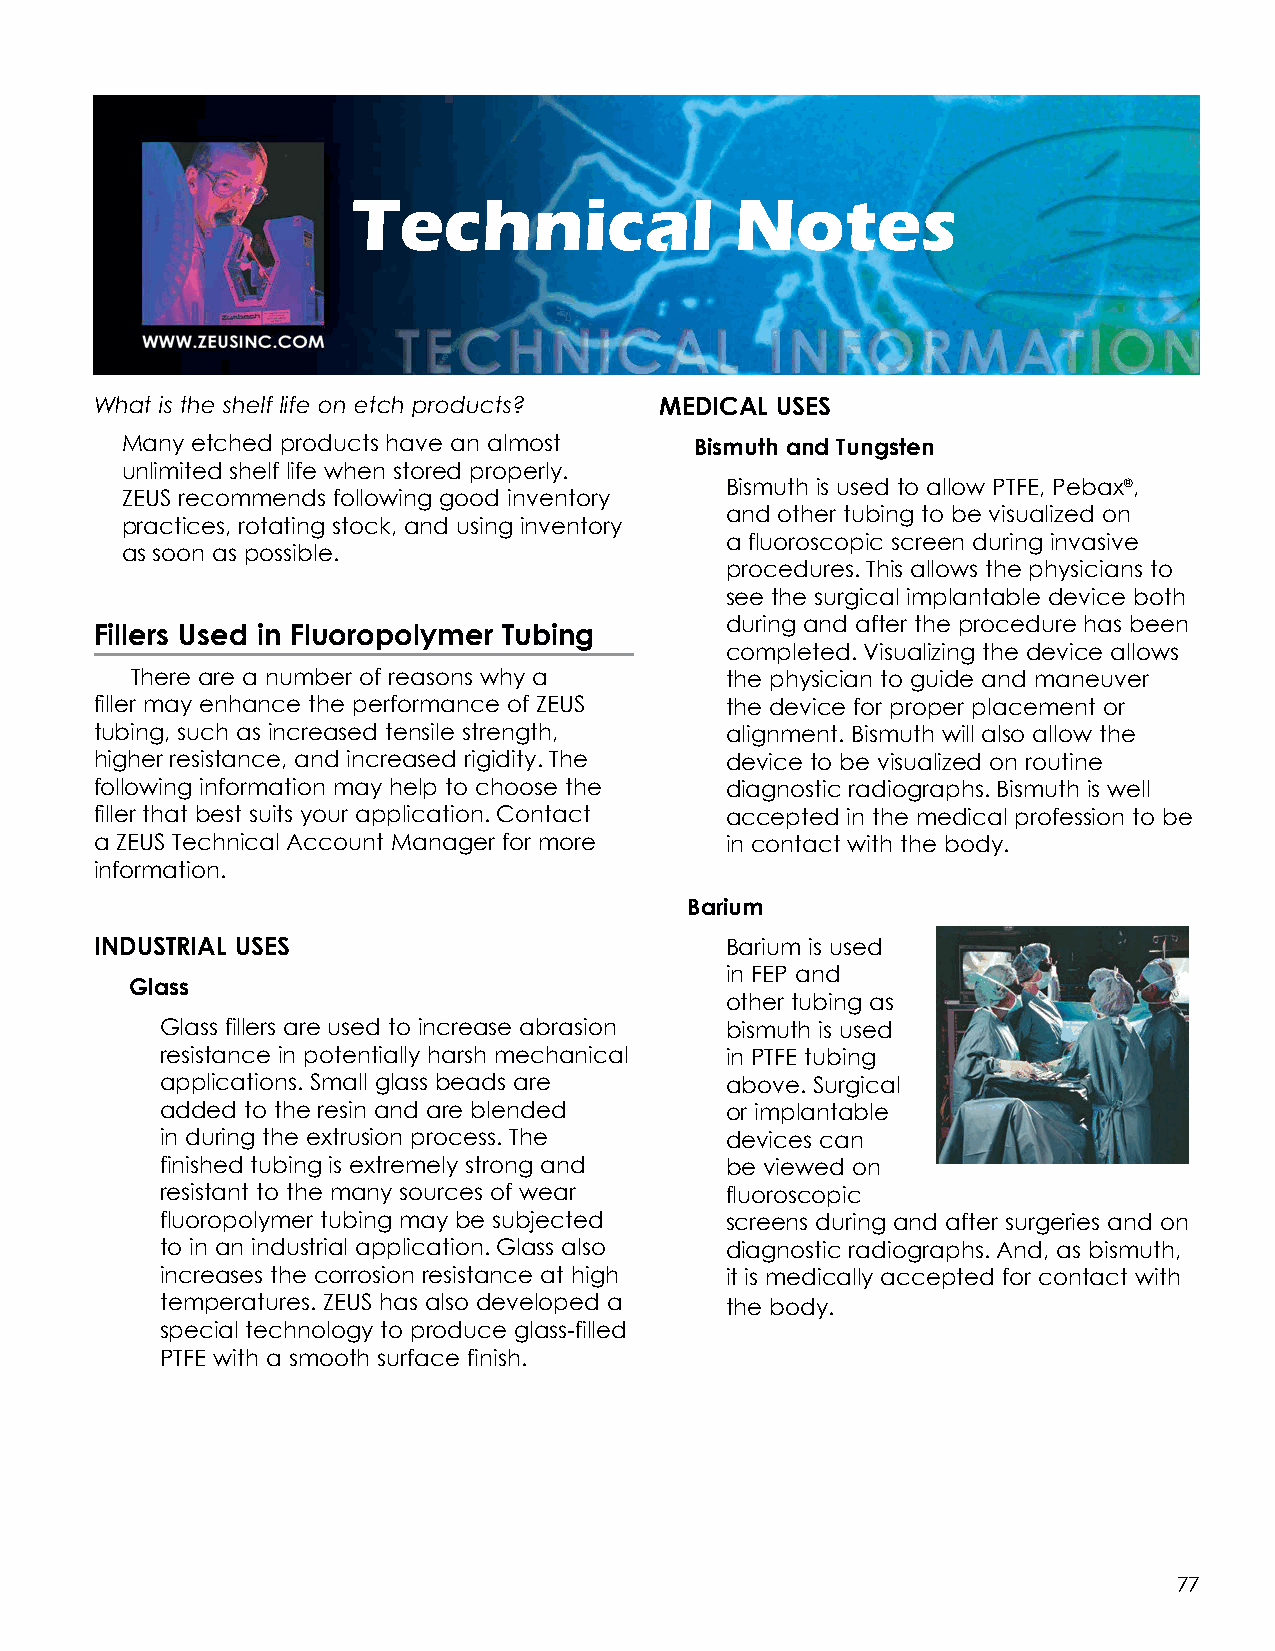
Technical                 Notes
 What is the shelf life on etch products? MEDICAL USES
 Many etched products have an almost   Bismuth and Tungsten
 unlimited shelf life when stored properly.
 Bismuth is used to allow PTFE, Pebax®,
 ZEUS recommends following good inventory
 and other tubing to be visualized on
 practices, rotating stock, and using inventory
 a fluoroscopic screen during invasive
 as soon as possible.
 procedures. This allows the physicians to
 see the surgical implantable device both
 during and after the procedure has been
 Fillers Used in Fluoropolymer Tubing
 completed. Visualizing the device allows
 There are a number of reasons why a    the physician to guide and maneuver
 filler may enhance the performance of ZEUS the device for proper placement or
 tubing, such as increased tensile strength, alignment. Bismuth will also allow the
 higher resistance, and increased rigidity. The device to be visualized on routine
 following information may help to choose the diagnostic radiographs. Bismuth is well
 filler that best suits your application. Contact accepted in the medical profession to be
 a ZEUS Technical Account Manager for more in contact with the body.
 information.
 Barium
 INDUSTRIAL USES                           Barium is used
 in FEP and
 Glass
 other tubing as
 Glass fillers are used to increase abrasion bismuth is used
 resistance in potentially harsh mechanical in PTFE tubing
 applications. Small glass beads are  above. Surgical
 added to the resin and are blended   or implantable
 in during the extrusion process. The devices can
 finished tubing is extremely strong and be viewed on
 resistant to the many sources of wear fluoroscopic
 fluoropolymer tubing may be subjected screens during and after surgeries and on
 to in an industrial application. Glass also diagnostic radiographs. And, as bismuth,
 increases the corrosion resistance at high it is medically accepted for contact with
 temperatures. ZEUS has also developed a the body.
 special technology to produce glass-filled
 PTFE with a smooth surface finish.
 77